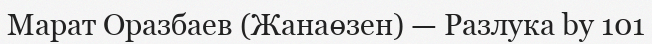
Марат Оразбаев (Жанаөзен) — Разлука by 101